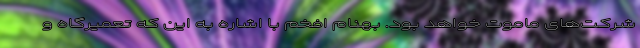
شرکت‌های ماموت خواهد بود. بهنام افخم با اشاره به این که تعمیرگاه و